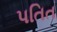
પતિત